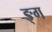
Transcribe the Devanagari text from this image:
ङ्ग